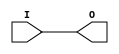
`timescale 1 ns / 1 ps

module BUFG(
        input   wire    I,
        output  wire    O
    );

    assign O  = I;

endmodule